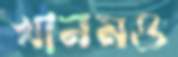
খানমও